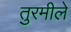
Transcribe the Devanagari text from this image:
तुरमीले